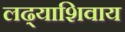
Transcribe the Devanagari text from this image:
लढ्याशिवाय